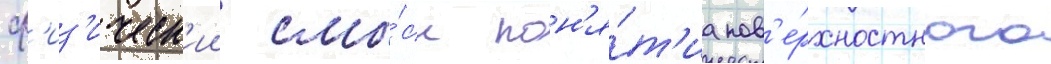
ф'из'ическ'ии смы́сл пон'я́т'иа пов'е́рхностного